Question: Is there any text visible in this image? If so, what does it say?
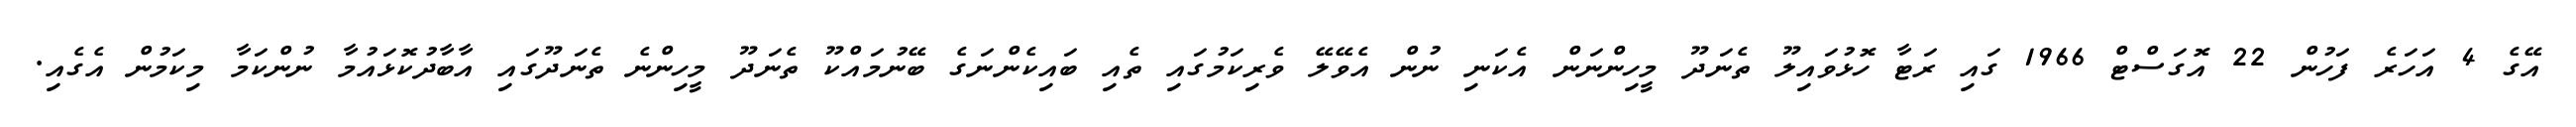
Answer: އޭގެ 4 އަހަރެ ފަހުން 22 އޮގަސްޓް 1966 ގައި ރަޓާ ހޮޅުވައިލޫ ތެނަދޫ މީހިންނަން އެކަނި ނުން އެވޭލޭ ވެރިކަމުގައި ތެއި ބައިކެންނަގެ ބޭނުމައްކޫ ތެނަދޫ މީހިންނެ ތެނަދޫގައި އާބާދުކޮޅައުމާ ނުންކަމާ މިކަމުން އެގެއި.